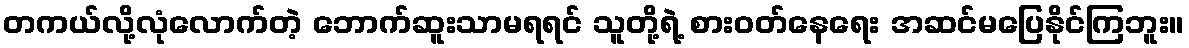
တကယ်လို့လုံလောက်တဲ့ ဘောက်ဆူးသာမရရင် သူတို့ရဲ့ စားဝတ်နေရေး အဆင်မပြေနိုင်ကြဘူး။